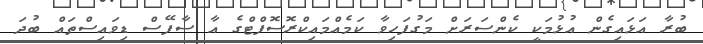
ބުރާ އަޅައިގެން އުޅުމަކީ ކެންސަރަށް މަގުފަހިވާ ކަމެއްމައިކްރޮސޮފްޓްގެ އާ ސާފޭސް ޑިވައިސްތައް ބުދަ